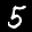
Label: 5